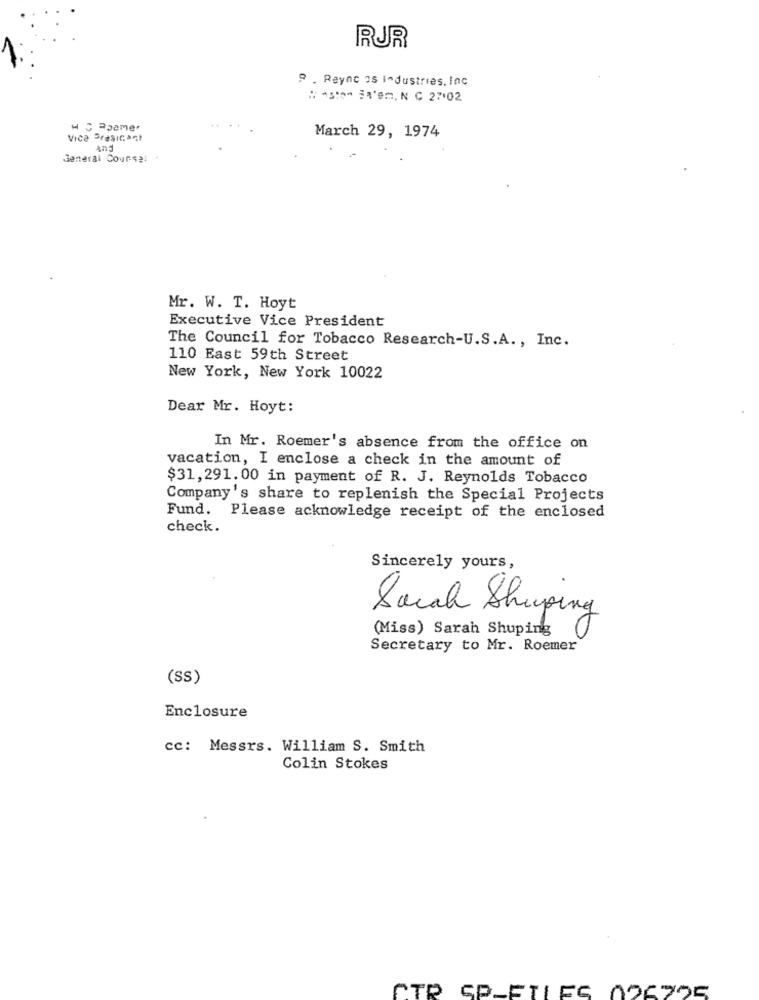
RUR
9 . Reync 35 Industries. Inc
# sto Bem. N C 27'02
March 29, 1974
Vice Presicant
General Course:
Mr. W. T. Hoyt
Executive Vice President
The Council for Tobacco Research-U.S.A ., Inc.
110 East 59th Street
New York, New York 10022
Dear Mr. Hoyt:
In Mr. Roemer's absence from the office on
vacation, I enclose a check in the amount of
$31,291.00 in payment of R. J. Reynolds Tobacco
Company's share to replenish the Special Projects
Fund. Please acknowledge receipt of the enclosed
check.
Sincerely yours,
Sarah Shiping
(Miss) Sarah Shuping
Secretary to Mr. Roemer
(SS)
Enclosure
cc: Messrs. William S. Smith
Colin Stokes
CTR SP-ETLES 026725